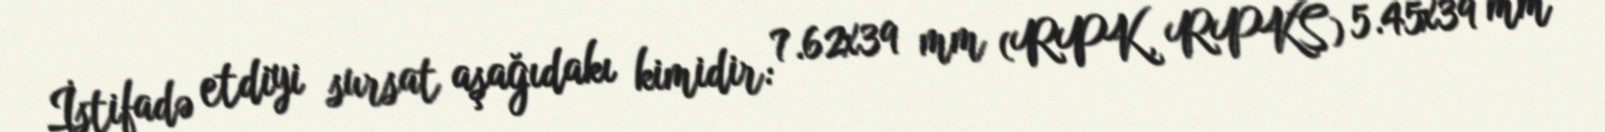
İstifadə etdiyi sursat aşağıdakı kimidir: 7.62x39 mm (RPK, RPKS) 5.45x39 mm